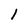
Character: 1